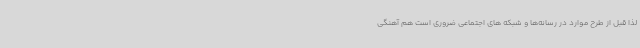
لذا قبل از طرح موارد در رسانه‌ها و شبکه های اجتماعی ضروری است هم آهنگی